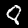
Digit: 8